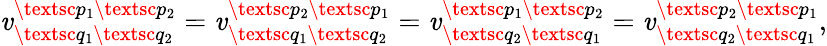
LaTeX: \mathit{v}_{\textsc{{q}}_{1}\textsc{{q}}_{2}}^{\textsc{{p}}_{1}\textsc{{p}}_{2}}=\mathit{v}_{\textsc{{q}}_{1}\textsc{{q}}_{2}}^{\textsc{{p}}_{2}\textsc{{p}}_{1}}=\mathit{v}_{\textsc{{q}}_{2}\textsc{{q}}_{1}}^{\textsc{{p}}_{1}\textsc{{p}}_{2}}=\mathit{v}_{\textsc{{q}}_{2}\textsc{{q}}_{1}}^{\textsc{{p}}_{2}\textsc{{p}}_{1}},